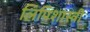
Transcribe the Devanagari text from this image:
लिपिशास्त्री